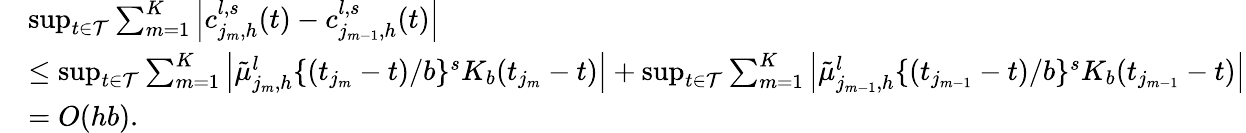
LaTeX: \begin{array}{rl}&{\operatorname*{sup}_{t\in\mathcal{T}}\sum_{m=1}^{K}\left|c_{j_{m},h}^{l,s}(t)-c_{j_{m-1},h}^{l,s}(t)\right|}\\ &{\leq\operatorname*{sup}_{t\in\mathcal{T}}\sum_{m=1}^{K}\left|\tilde{\mu}_{j_{m},h}^{l}\{ (t_{j_{m}}-t)/b\} ^{s}K_{b}(t_{j_{m}}-t)\right|+\operatorname*{sup}_{t\in\mathcal{T}}\sum_{m=1}^{K}\left|\tilde{\mu}_{j_{m-1},h}^{l}\{ (t_{j_{m-1}}-t)/b\} ^{s}K_{b}(t_{j_{m-1}}-t)\right|}\\ &{=O(hb).}\end{array}